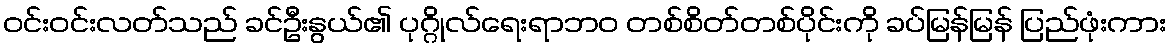
ဝင်းဝင်းလတ်သည် ခင်ဦးနွယ်၏ ပုဂ္ဂိုလ်ရေးရာဘဝ တစ်စိတ်တစ်ပိုင်းကို ခပ်မြန်မြန် ပြည်ဖုံးကား